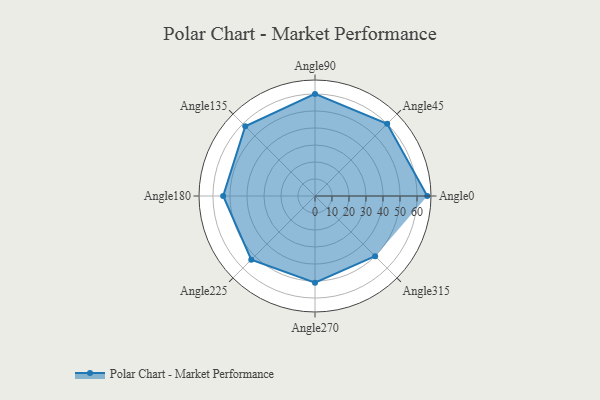
{"axis": {"x": "Angle", "y": "Radius"}, "legend": [""], "data": [{"x": "Angle0", "y": 66.0, "type": ""}, {"x": "Angle45", "y": 60.0, "type": ""}, {"x": "Angle90", "y": 60.0, "type": ""}, {"x": "Angle135", "y": 58.0, "type": ""}, {"x": "Angle180", "y": 54.0, "type": ""}, {"x": "Angle225", "y": 53.0, "type": ""}, {"x": "Angle270", "y": 51.0, "type": ""}, {"x": "Angle315", "y": 50, "type": ""}]}